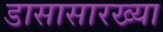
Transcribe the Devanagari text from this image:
डासासारख्या